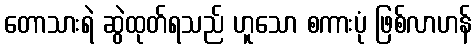
တောသားရဲ ဆွဲထုတ်ရသည် ဟူသော စကားပုံ ဖြစ်လာဟန်